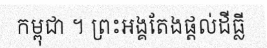
កម្ពុជា ។ ព្រះអង្គតែងផ្តល់ដីធ្លី